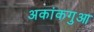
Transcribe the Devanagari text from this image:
अकांकगुआ